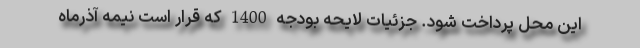
این محل پرداخت شود. جزئیات لایحه بودجه 1400 كه قرار است نیمه آذرماه